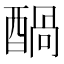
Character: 𮠶